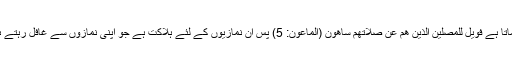
فرماتا ہے فَوَیْلٌ لِّلْمُصَلِّیْنَ الَّذِیْنَ ھُمْ عَنْ صَلَاتِھِمْ سَاھُوْنَ (الماعون: 5) پس اُن نمازیوں کے لئے ہلاکت ہے جو اپنی نمازوں سے غافل رہتے ہیں۔